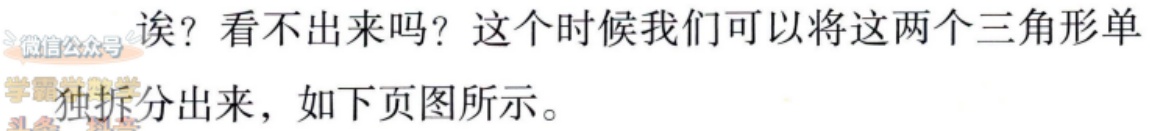
诶？看不出来吗？这个时候我们可以将这两个三角形单\\
独拆分出来，如下页图所示。